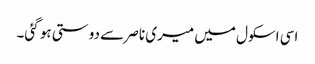
اسی اسکول میں میری ناصر سے دوستی ہو گئی۔